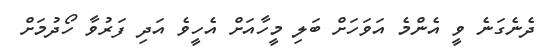
ދެނެގަނެ ވީ އެންމެ އަވަހަށް ބަލި މީހާއަށް އެހީވެ އަދި ފަރުވާ ހޯދުމަށް